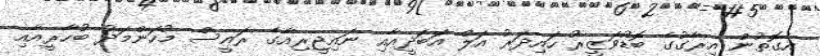
އެގޮތުން އިރާގުގެ ބޮޑުވަޒީރު ހައިދަރު އަލް އަބަދީއާއި ނައިޖީރިއާގެ ރައީސް މުހަންމަދު ބުހާރީއާއި